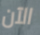
الآن